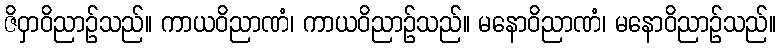
ဇိဝှာဝိညာဉ်သည်။ ကာယဝိညာဏံ၊ ကာယဝိညာဉ်သည်။ မနောဝိညာဏံ၊ မနောဝိညာဉ်သည်။